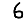
Digit: 6